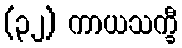
(၃၂) ကာယသက္ခီ